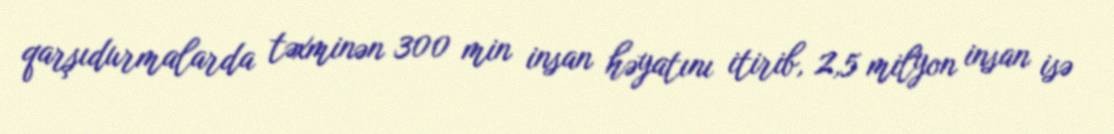
qarşıdurmalarda təxminən 300 min insan həyatını itirib, 2,5 milyon insan isə